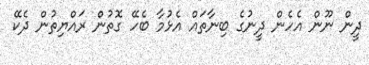
ދީން ނޫން އެހެން ދީނުގެ ބިނާތައް އެޅުމާ ބެހޭ ގޮތުން ރައްޔިތުން ދެކޭ